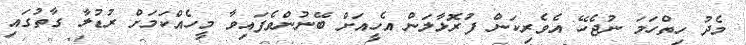
މެދު ހިތްހަމަ ނުޖެހޭ އެވެރިކަން ފުރޮޅާލަން އެހީއަށް ބޭނުންވެފައިވާ މީހެއްކަމަށް ރުޑުލާ ގާތުގައި